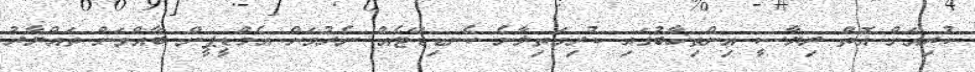
ކުރިއަށް އޮތް ރިޔާސީ އިންތިޚާބުގައި ކުރިމަތިލާނެ ކެނޑިޑޭޓެއް ނެރުމަށް އެމްޑީޕީން ބާއްވަން ތައްޔާރު